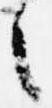
之